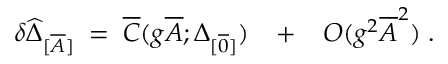
\delta \widehat { \Delta } _ { [ \overline { { { A } } } ] } \; = \; \overline { { { C } } } ( g \overline { { { A } } } ; \Delta _ { [ \overline { { { 0 } } } ] } ) \; \; \; + \; \; \; O ( g ^ { 2 } \overline { { { A } } } ^ { 2 } ) \; .